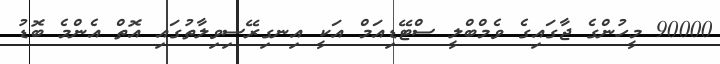
90000 މީހުންގެ ޖާގައިގެ ވެމްބްލީ ސްޓޭޑިއަމް އަކީ އިނގިރޭސިވިލާތުގައި އޮތް އެންމެ ބޮޑު